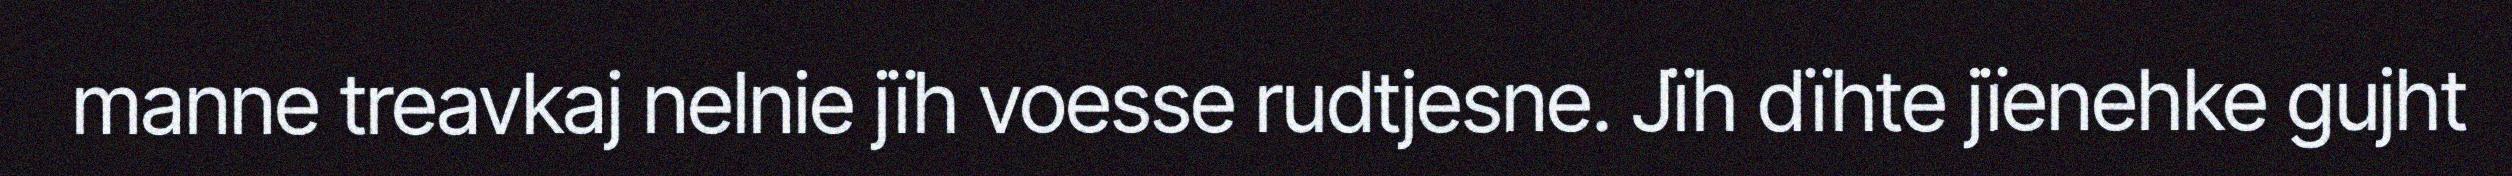
manne treavkaj nelnie jïh voesse rudtjesne. Jïh dïhte jïenehke gujht